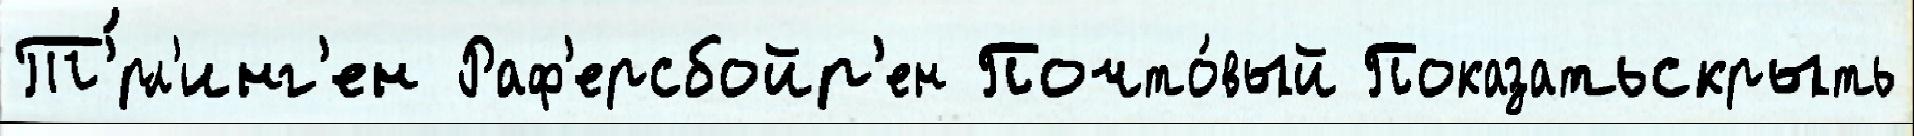
Т'́рл'инг'ен Раф'ерсбойр'ен Почто́вый Показатьскрыть